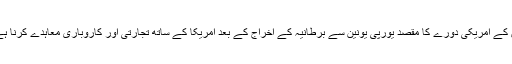
ان کے امریکی دورے کا مقصد یورپی یونین سے برطانیہ کے اخراج کے بعد امریکا کے ساتھ تجارتی اور کاروباری معاہدے کرنا ہے۔